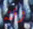
وقته